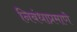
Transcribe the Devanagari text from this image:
निबंधाप्रमाणे